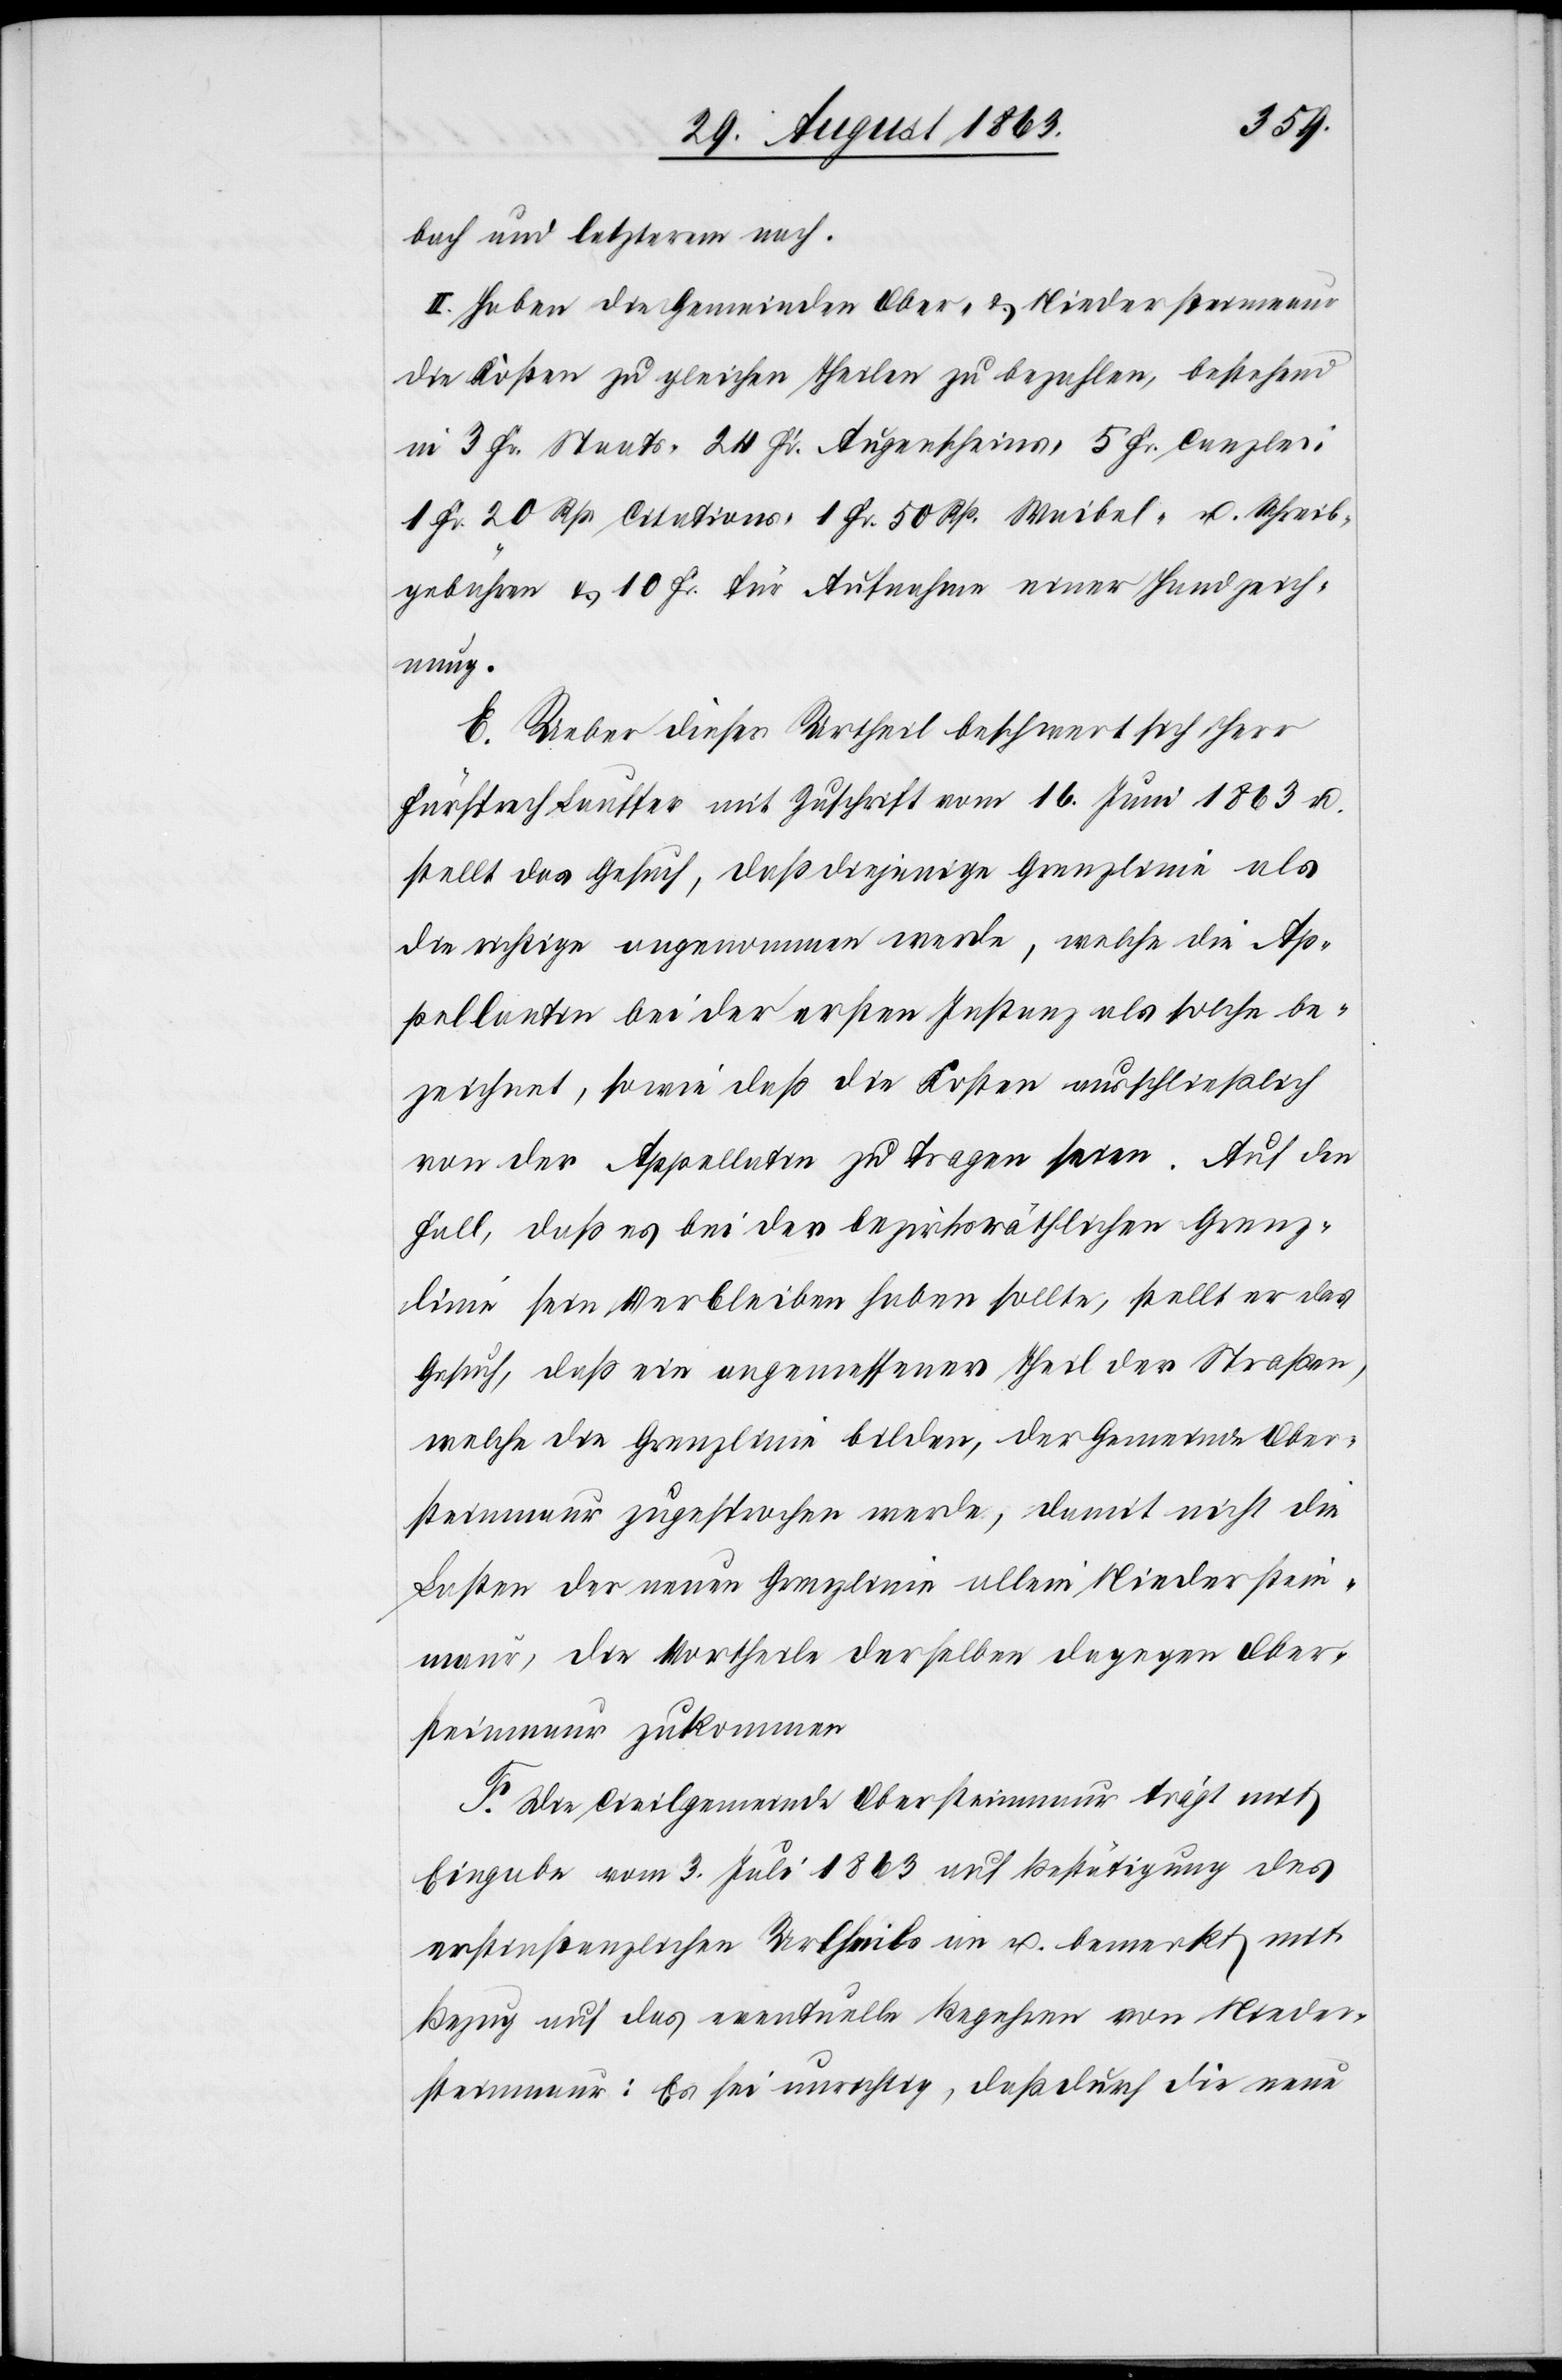
bach und letzterem nach.
II. Haben die Gemeinden Ober- & Niedersteinmaur
die Kosten zu gleichen Theilen zu bezahlen, bestehend
in 3 Fr. Staats-[,] 24 Fr. Augenscheins-[,] 5 Fr. Canzlei-[,]
1 Fr. 20 Rp. Citations-[,] 1 Fr. 50 Rp. Waibel- u. Schreib¬
gebühren & 10 Fr. für Aufnahme einer Handzeich¬
nung.
E. Ueber dieses Urtheil beschwert sich Herr
Fürsprech Lauffer mit Zuschrift vom 16. Juni 1863 u.
stellt das Gesuch, das diejenige Grenzlinie als
die richtige angenommen werde, welche die Ap¬
pellantin bei der ersten Instanz als solche be¬
zeichnet, sowie daß die Kosten ausschließlich
von der Appellatin zu tragen seien. Auf den
Fall, daß es bei der bezirksräthlichen Grenz¬
linie sein Verbleiben haben sollte, stellt er das
Gesuch, daß ein angemessener Theil der Straßen,
welche die Grenzlinie bilden, der Gemeinde Ober¬
steinmaur zugesprochen werde, damit nicht die
Lasten der neuen Grenzlinie allein Niederstein¬
maur, die Vortheile derselben dagegen Ober¬
steinmaur zukommen.
F. Die Civilgemeinde Obersteinmaur trägt mit
Eingabe vom 3. Juli 1863 auf Bestätigung des
erstinstanzlichen Urtheils an u. bemerkt mit
Bezug auf das eventuelle Begehren von Nieder¬
steinmaur: Es sei unrichtig, daß durch die neue